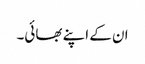
ان کے اپنے بھائی۔